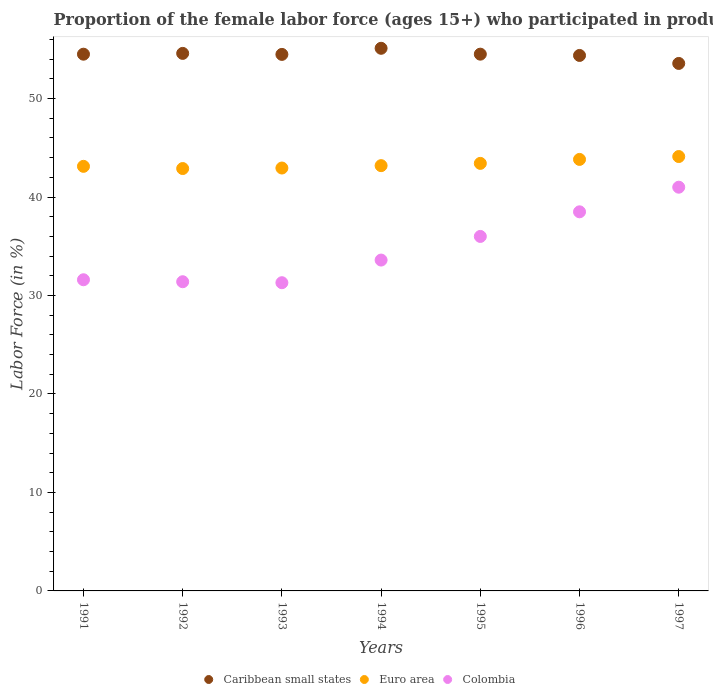
| Years | Caribbean small states | Euro area | Colombia |
 | --- | --- | --- | --- |
 | 1991 | 54.5 | 43.1 | 31.6 |
 | 1992 | 54.6 | 42.9 | 31.4 |
 | 1993 | 54.5 | 42.9 | 31.3 |
 | 1994 | 55.1 | 43.2 | 33.6 |
 | 1995 | 54.5 | 43.4 | 36 |
 | 1996 | 54.4 | 43.8 | 38.5 |
 | 1997 | 53.6 | 44.1 | 41 |